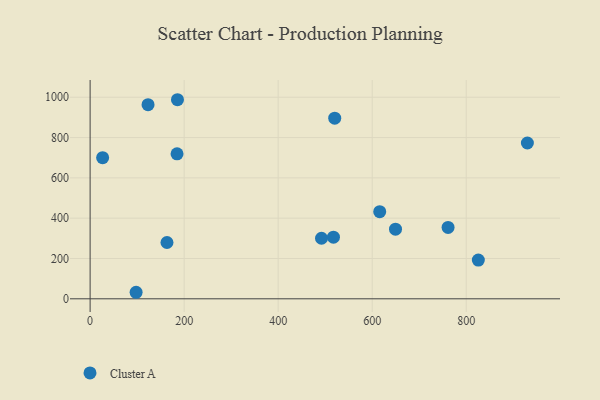
{"axis": {"x": "Ad Spend", "y": "Sales"}, "legend": ["Cluster A"], "data": [{"x": "492.2", "y": 300.4, "type": "Cluster A"}, {"x": "930.1", "y": 772.8, "type": "Cluster A"}, {"x": "26.6", "y": 700.1, "type": "Cluster A"}, {"x": "185.8", "y": 987.6, "type": "Cluster A"}, {"x": "520.3", "y": 895.9, "type": "Cluster A"}, {"x": "123.2", "y": 962.8, "type": "Cluster A"}, {"x": "761.4", "y": 354.2, "type": "Cluster A"}, {"x": "163.5", "y": 279.3, "type": "Cluster A"}, {"x": "184.9", "y": 719.1, "type": "Cluster A"}, {"x": "825.8", "y": 191.9, "type": "Cluster A"}, {"x": "649.6", "y": 345.6, "type": "Cluster A"}, {"x": "616.0", "y": 432.2, "type": "Cluster A"}, {"x": "517.6", "y": 305.8, "type": "Cluster A"}, {"x": "97.8", "y": 32.4, "type": "Cluster A"}]}